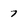
Character: 7